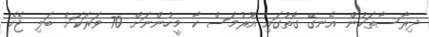
ދިރާސާތަކުން އެނގޭ ގޮތުގައި އޫރުމަސް ކާ މީހުންނަށް 70 ވަރަކަށް ބަލި ޖެހެ